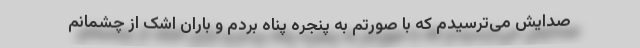
صدایش می‌ترسیدم که با صورتم به پنجره پناه بردم و باران اشک از چشمانم